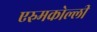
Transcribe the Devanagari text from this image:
एरुमकोल्ली